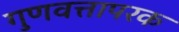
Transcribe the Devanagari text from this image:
गुणवत्तापरक